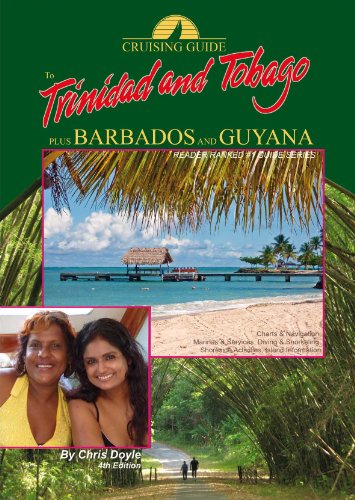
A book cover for The Cruising Guide to Trinidad and Tobago, Plus Barbados and Guyana; Chris Doyle; Travel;